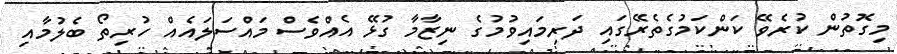
މިގޮތުން ކުރެވޭ ކަންކަމުގެތެރޭގައި ދަރިމައިވުމުގެ ނިޒާމާ ގުޅޭ އެއްވެސް މައްސަލައެއް ހުރިތޯ ބެލުމާއި